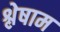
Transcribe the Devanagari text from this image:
श्लेषाम